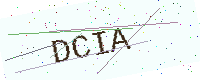
Text: DCIA